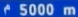
^5000m